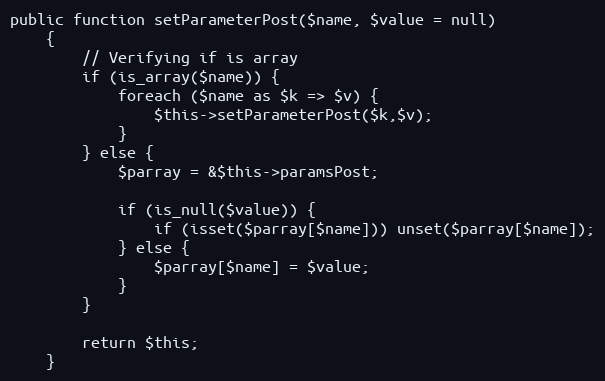
Language: PHP
public function setParameterPost($name, $value = null)
	{
		// Verifying if is array
		if (is_array($name)) {
			foreach ($name as $k => $v) {
				$this->setParameterPost($k,$v);
			}
		} else {
			$parray = &$this->paramsPost;

			if (is_null($value)) {
				if (isset($parray[$name])) unset($parray[$name]);
			} else {
				$parray[$name] = $value;
			}
		}

		return $this;
	}